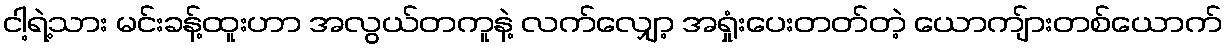
ငါ့ရဲ့သား မင်းခန့်ထူးဟာ အလွယ်တကူနဲ့ လက်လျှော့ အရှုံးပေးတတ်တဲ့ ယောကျ်ားတစ်ယောက်